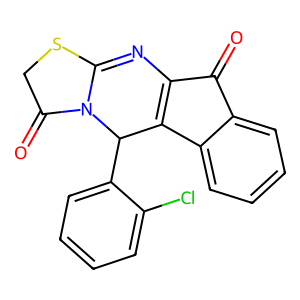
SMILES: O=C1C2=C(c3ccccc31)C(c1ccccc1Cl)N1C(=O)CSC1=N2
Inhibits HIV replication: No